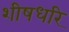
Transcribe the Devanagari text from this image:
शीषधरि